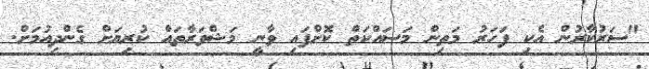
"ސަރުކާރުން އެކި ފަހަރު މަތިން މަސައްކަތް ކޮށްފައި ވާނީ މަޝްވަރާތައް ކުރިޔަށް ގެންދިއުމަށް.